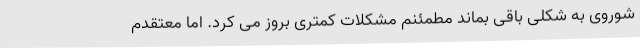
شوروی به شکلی باقی بماند مطمئنم مشکلات کمتری بروز می کرد. اما معتقدم